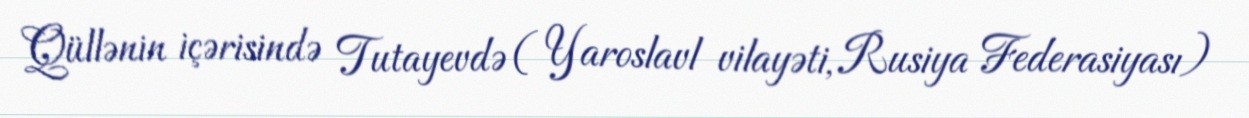
Qüllənin içərisində Tutayevdə ( Yaroslavl vilayəti, Rusiya Federasiyası)